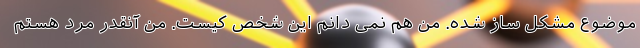
موضوع مشکل ساز شده. من هم نمی دانم این شخص کیست. من آنقدر مرد هستم